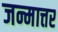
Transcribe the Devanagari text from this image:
जन्मात्तर